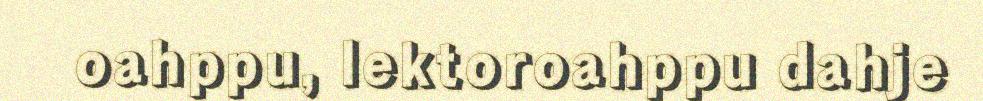
oahppu, lektoroahppu dahje